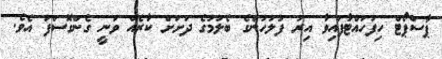
ޕާސްޕޯޓް ހިފަހައްޓާފައިވާ އިރު ފުލުހުންގެ ބެލުމުގެ ދަށަށް ކާރެއް ވަނީ ގެންގޮސްފަ އެވެ.